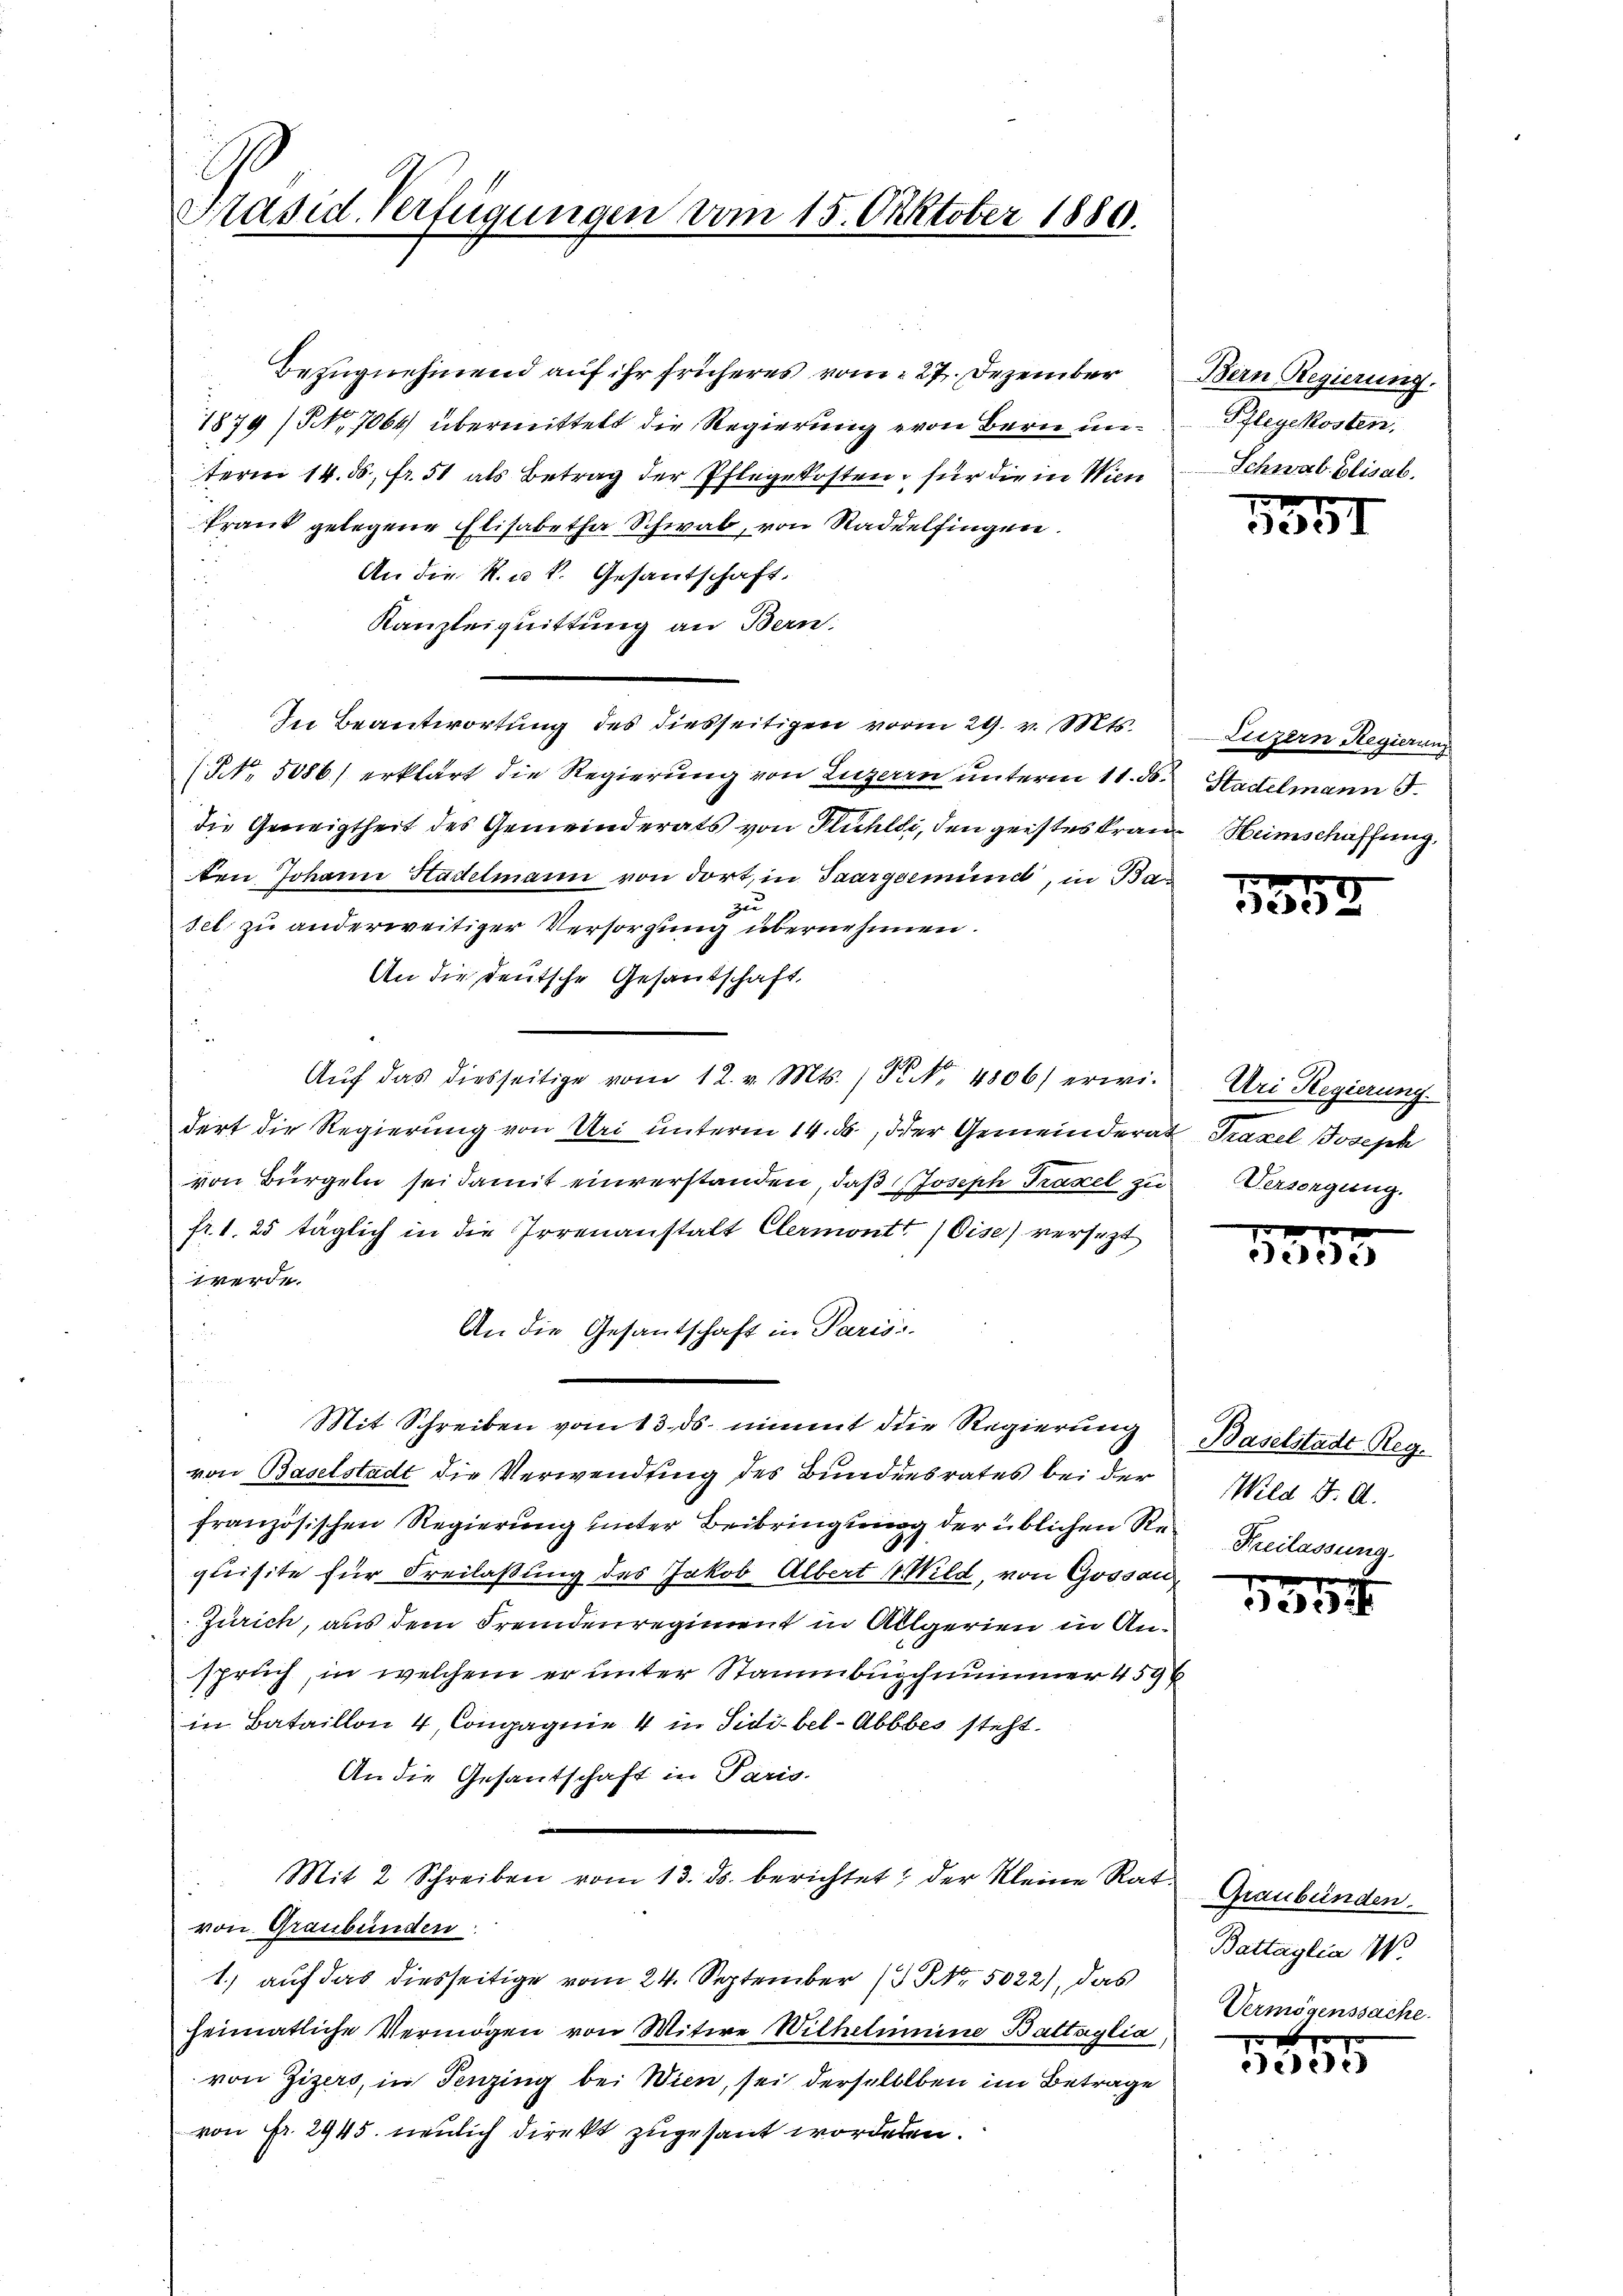
Präsid. Verfügungen vom 15. Oktober 1880.

Bezugnehmend auf ihr früheres vom 27. Dezember
1879 No 7064 übermittelt die Regierung von Bern unterm 14. ds. fr. 51 als Betrag der Pflegekosten, für die in Wien
Prank gelegene Elisabetha Schwab, von Stadelfingen.
An die K. u. k. Gesantschaft.
Kanzleiquittung an Bern.
In Beantwortung des diesseitigen vom 29. v. Mts.
NNo. 5086) erklärt die Regierung von Luzern unterm 11. d. Stadtelmann d
die Geneigtheit des Gemeinderats von Kuhldi, den geisteskranz Heimschaffung.
ten Johann Stadelmann von dort, in Saargeemünd, in Ba
zu
sel zu anderweitiger Versorgung übernehmen.
An die Deutsche Gesandschaft.
Aŭf das diesseitige vom 12. v. Mts. / P. Nr. 4806) erwi
dert die Regierung von Uri unterm 14. ds, der Gemeinderat Traxel Joseph
von Bürgeln sei damit einverstanden, daß Joseph Traxel zu
fr. 1. 25 täglich in die Irrenanstalt Clermontt (Gise) versezt
werde.
An die Gesantschaft in Paris.
Mit Schreiben vom 13. ds. nimmt die Regierung Baselstadt Reg.
von Baselstadt die Verwendung des Bundesrates bei der
französischen Regierung unter Beibringung der üblichen Requisite für Freilassung des Jakob Albert (Wild, von Gossau
Zürich, aus dem Fremdenregiment in Allgerien in Anspruch, in welchem er unter Stammbuschnummer 459
in Bataillon 4, Compagnie 4 in Sidibel-Abbbes steht.
An die Gesantschaft in Paris.
e
Mit 2 Schreiben vom 13. ds. berichtet, der Kleine Ratvon Graubünden
1.) auf das diesseitige vom 24. September 1. No. 5022), das
heimatliche Vermögen von Witwe Wilhelmine Battaglia
von Zizers, in Penzing bei Wien, sei derselblben im Betrage
von Fr. 2945. neulich direkt zugesant wordeten.

Bern Regierung.
Pflegekosten.
Schwab Elisab.

1391

Liezern Regierung

135.

Uri Regierung.
Versorgung.

10 f 0 x
e

Wild d. A.
Freilassung.

f
3

Graubünden.
Battaglia 18
Vermögenssache.

x
ede